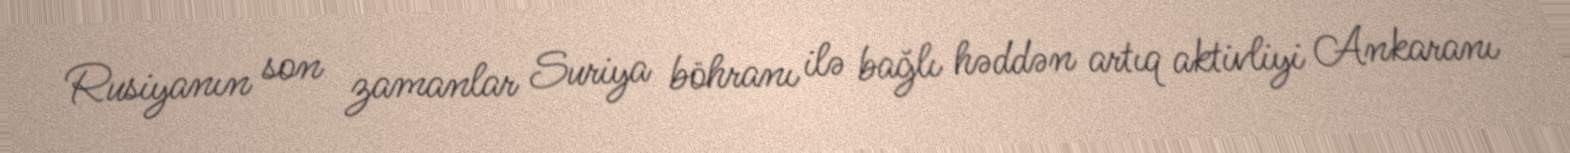
Rusiyanın son zamanlar Suriya böhranı ilə bağlı həddən artıq aktivliyi Ankaranı